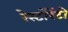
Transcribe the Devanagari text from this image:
रेस्‍टोरेंटो